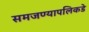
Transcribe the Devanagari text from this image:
समजण्यापलिकडे